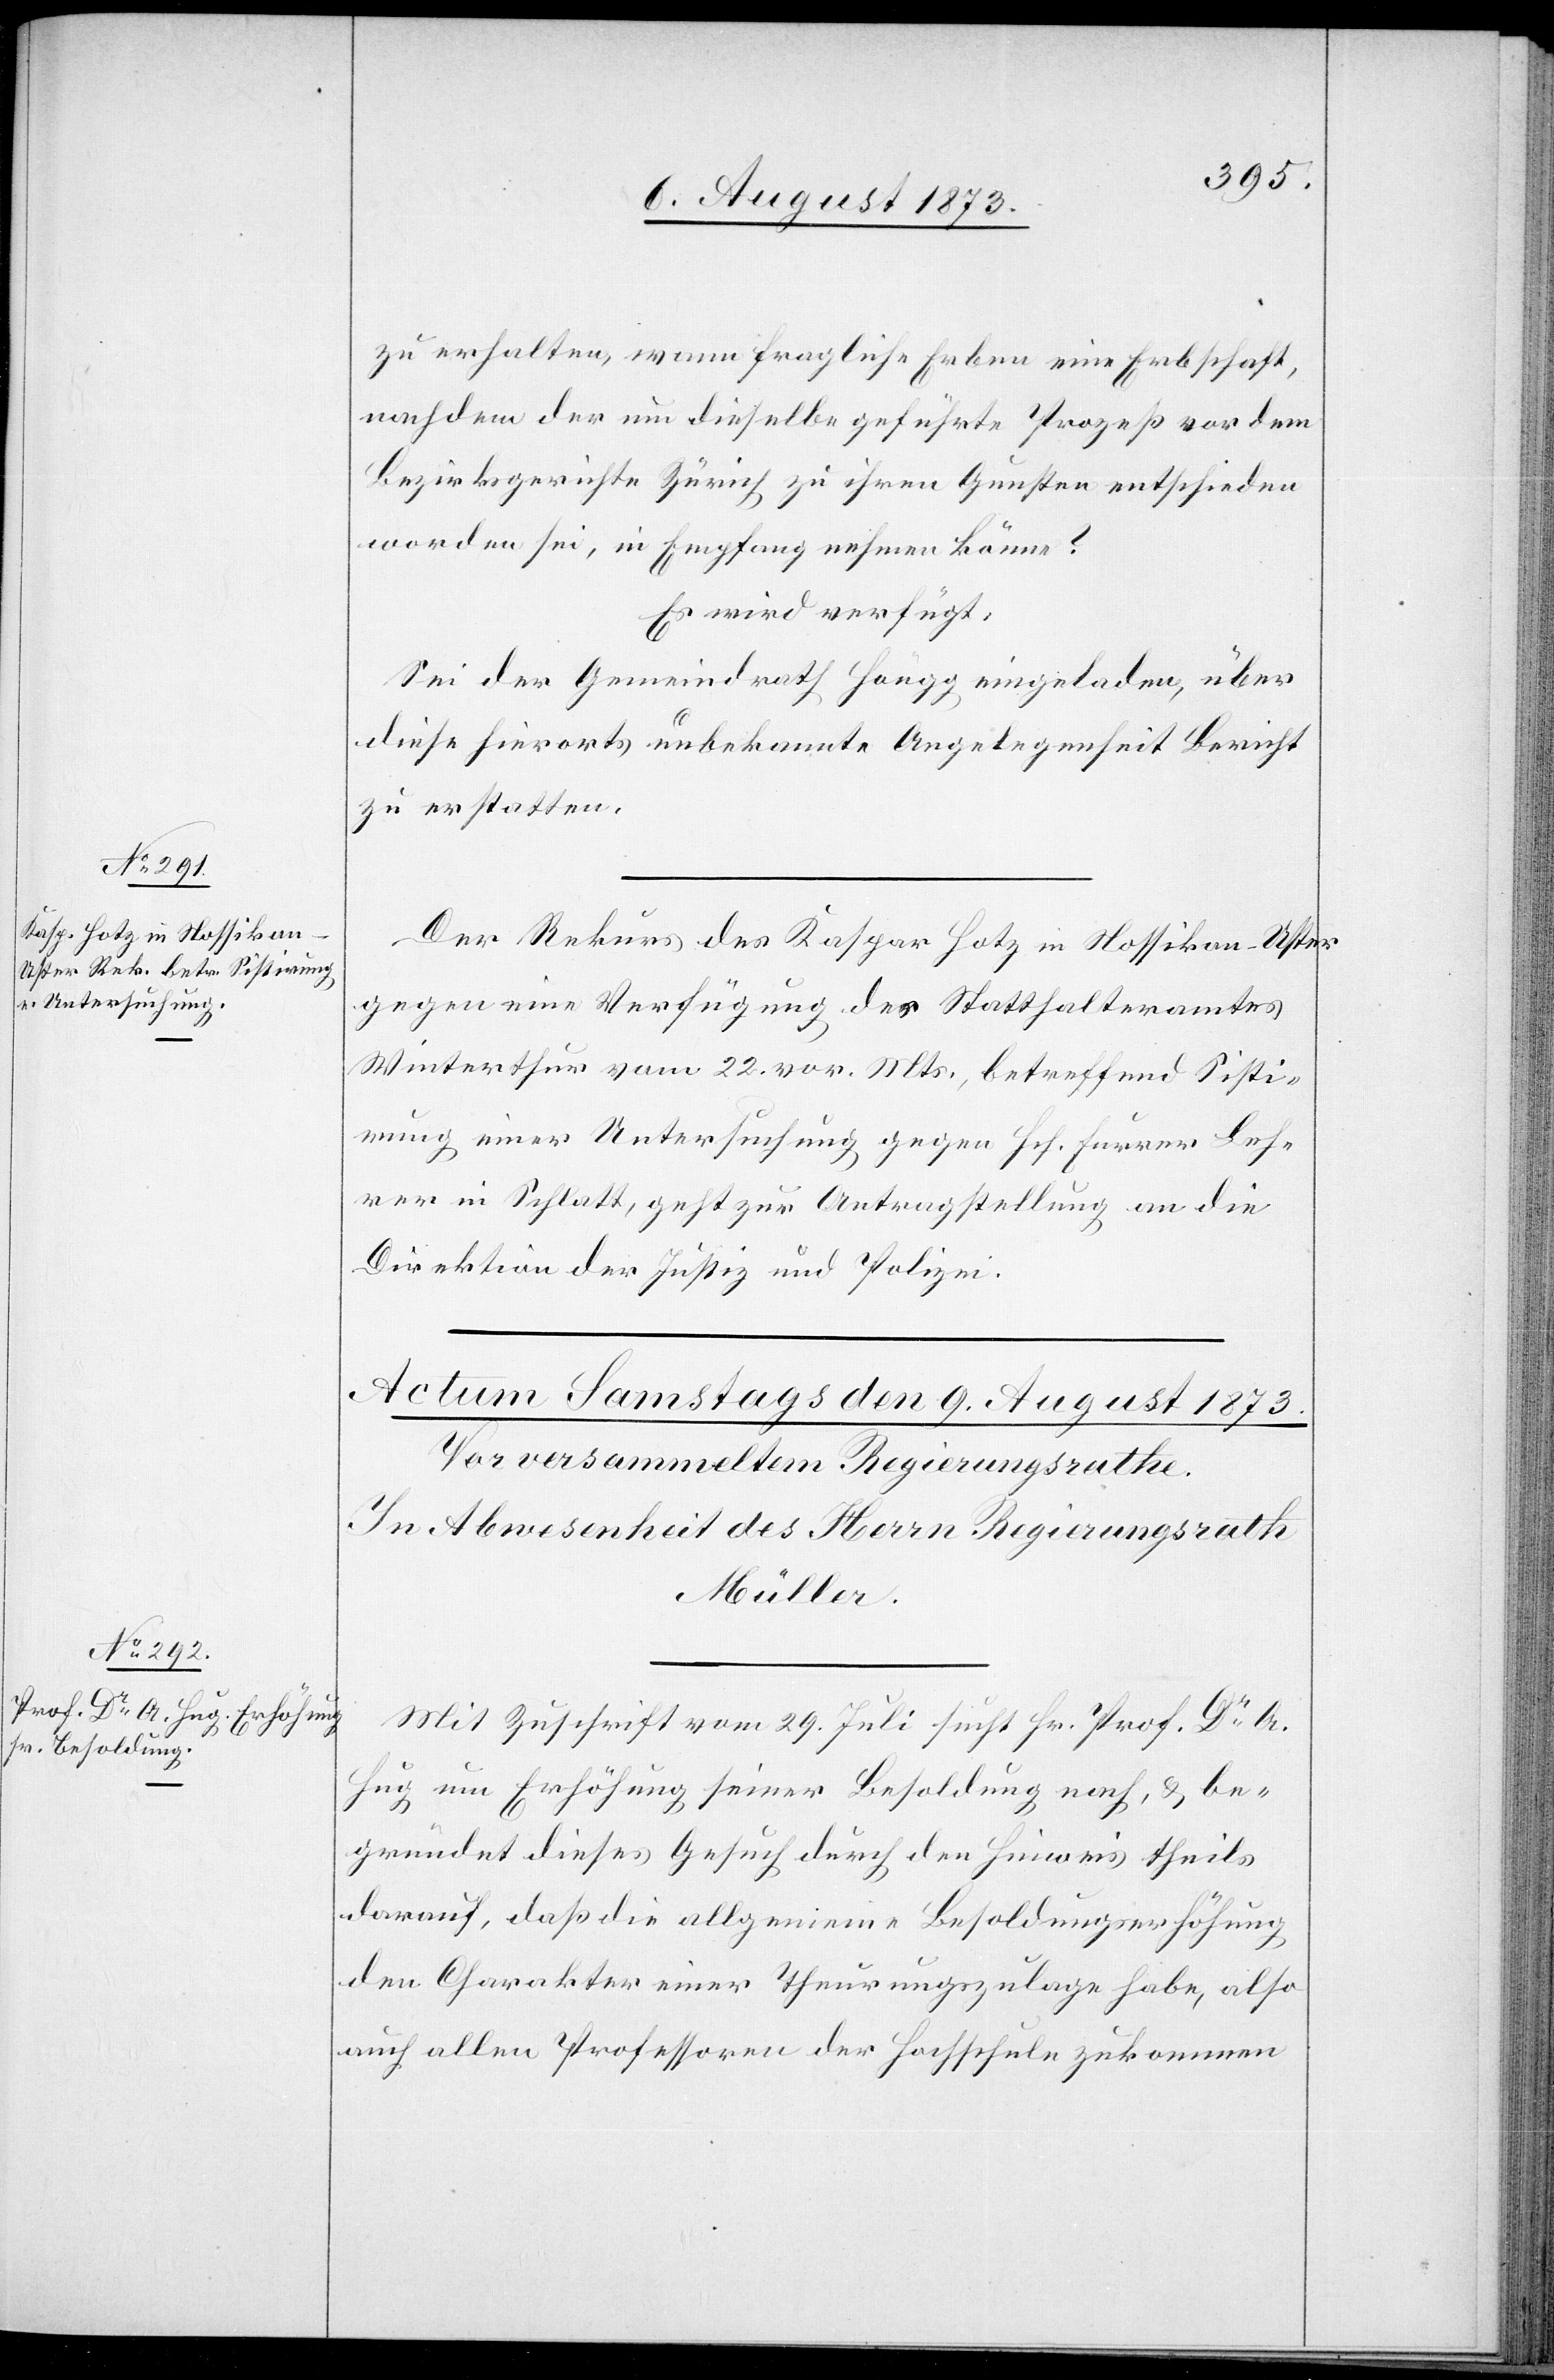
8. August 1873.]
zu erhalten, wann fragliche Erben eine Erbschaft,
nachdem der um dieselbe geführte Prozeß vor dem
Bezirksgerichte Zürich zu ihren Gunsten entschieden
worden sei, in Empfang nehmen könne?
Es wird verfügt:
Sei der Gemeindrath Höngg eingeladen, über
diese hierorts unbekannte Angelegenheit Bericht
zu erstatten.
Der Rekurs des Kaspar Hotz in Nossikon - Uster
gegen eine Verfügung des Statthalteramtes
Winterthur vom 22. vor. Mts., betreffend Sisti¬
rung einer Untersuchung gegen Hch. Furrer Leh¬
rer in Schlatt, geht zur Antragstellung an die
Direktion der Justiz und Polizei.
Mit Zuschrift vom 29. Juli sucht Hr. Prof. Dr A.
Hug um Erhöhung seiner Besoldung nach, & be¬
gründet dieses Gesuch durch den Hinweis theils
darauf, daß die allgemeine Besoldungserhöhung
den Charakter einer Theuerungszulage habe, also
auch allen Professoren der Hochschule zukommen